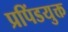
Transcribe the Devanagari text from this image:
प्रपिंडयुक्त